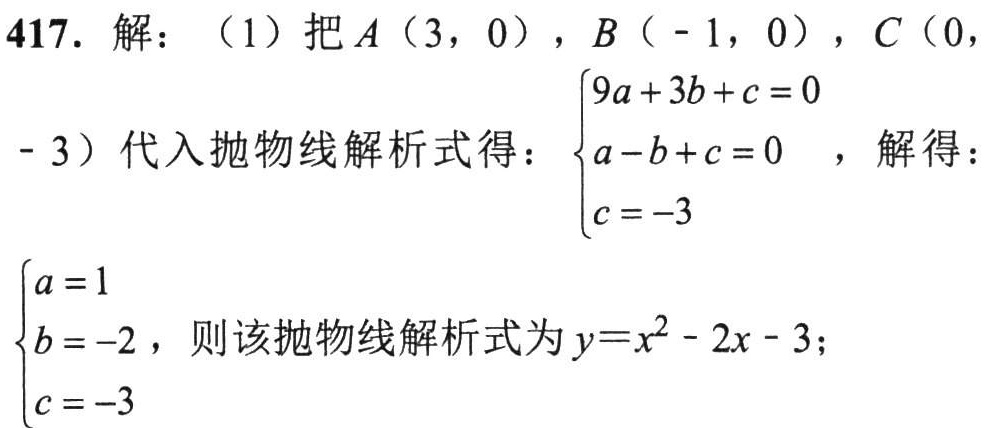
417. 解：（1）把\(A(3,0)\)，\(B(-1,0)\)，\(C(0,-3)\)代入抛物线解析式得：\(\begin{cases}9a + 3b + c = 0\\a - b + c = 0\\c = - 3\end{cases}\)，解得：\(\begin{cases}a = 1\\b = - 2\\c = - 3\end{cases}\)，则该抛物线解析式为\(y = x^{2}-2x - 3\)；